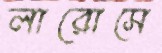
লারোসে